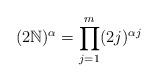
LaTeX: \begin{align*} (2\mathbb{N})^\alpha=\prod_{j=1}^{m}(2j)^{\alpha j}\end{align*}